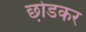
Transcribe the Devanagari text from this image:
छो़डकर